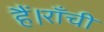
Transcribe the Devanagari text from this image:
हैं।राँची